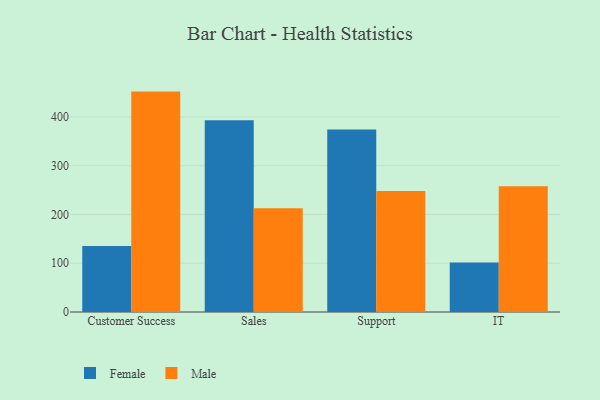
{"axis": {"x": "Department", "y": "Shipments"}, "legend": ["Female", "Male"], "data": [{"x": "Customer Success", "y": 135.6, "type": "Female"}, {"x": "Customer Success", "y": 452.0, "type": "Male"}, {"x": "Sales", "y": 393.5, "type": "Female"}, {"x": "Sales", "y": 213.0, "type": "Male"}, {"x": "Support", "y": 374.3, "type": "Female"}, {"x": "Support", "y": 248.4, "type": "Male"}, {"x": "IT", "y": 101.5, "type": "Female"}, {"x": "IT", "y": 257.7, "type": "Male"}]}